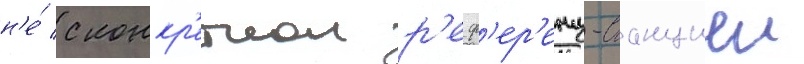
н'е́ с конкр'етнои р'еф'ер'енц-станциеи